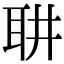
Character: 䎴